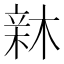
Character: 𣕟